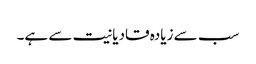
سب سے زیادہ قادیانیت سے ہے۔